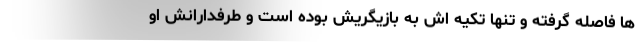
ها فاصله گرفته و تنها تکيه اش به بازيگريش بوده است و طرفدارانش او